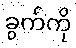
ခွက်ကို